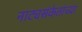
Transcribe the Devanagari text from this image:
नाट्यसंकेतांच्या